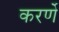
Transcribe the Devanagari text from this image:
करर्णे